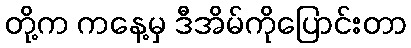
တို့က ကနေ့မှ ဒီအိမ်ကိုပြောင်းတာ